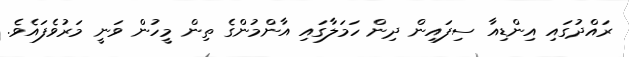
ރައްދުގައި އިންޑިއާ ސިފައިން ދިން ހަމަލާގައި އާންމުންގެ ތިން މީހުން ވަނީ މަރުވެފައެވެ.